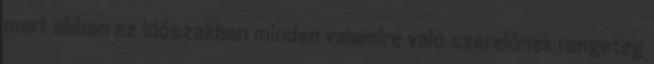
mert abban az időszakban minden valamire való szerelőnek rengeteg